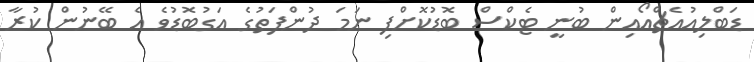
ޑަބްލިއުއެޗްއޯއިން ބުނީ ޓެކްސް ބޮޑުކޮށްފި ނަމަ ދުންފަތުގެ އަގުބޮޑުވެ އެ ބޭނުން ކުރާ